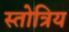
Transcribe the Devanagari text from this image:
स्तोत्रिय